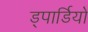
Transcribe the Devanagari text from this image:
ड्पार्डियो